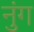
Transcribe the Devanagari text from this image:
नुंग